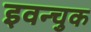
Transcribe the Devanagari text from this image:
इवन्चुक